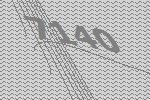
7140